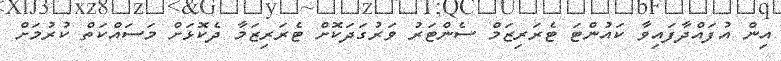
އިން އުފައްދާފައިވާ ކައުންޓަ ޓެރަރިޒަމް ސެންޓަރު ވަރުގަދަކޮށް ޓެރަރިޒަމާ ދެކޮޅަށް މަސައްކަތް ކުރުމަށް